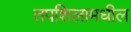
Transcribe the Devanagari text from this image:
तपशिलामधील